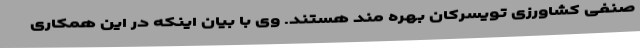
صنفی کشاورزی تویسرکان بهره مند هستند. وی با بیان اینکه در این همکاری